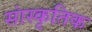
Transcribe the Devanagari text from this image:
सांस्‍कृतिक